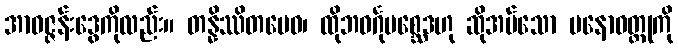
အာဝဇ္ဇန်းဒွေကိုလည်း။ တန္နိဿိတမေဝ၊ ထိုဘဝင်္ဂုပစ္ဆေဒဟု ဆိုအပ်သော မနောဝတ္ထုကို